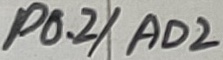
Text: P0.2/AD2